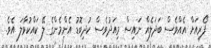
ފޯރިއަށް އެއްވެސް ބަދަލެއް ނައިސް މިއަދުވެސް ކުދިބޮޑު އެންމެންގެ ލޭ ކައްކުވާލަ އެވެ.